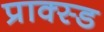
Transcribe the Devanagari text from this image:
प्राक्स्ड